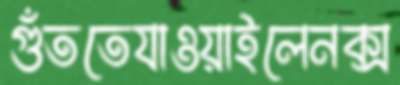
গুঁততেযাওয়াইলেনক্স